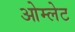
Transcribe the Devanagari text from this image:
ओम्लेट